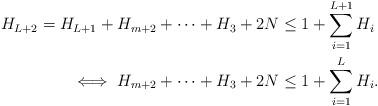
LaTeX: \begin{align*} H_{L+2}=H_{L+1}+H_{m+2}+\dots+H_{3}+2N &\leq 1+\sum_{i=1}^{L+1}H_{i}\\\iff H_{m+2}+\dots+H_{3}+2N &\leq 1+\sum_{i=1}^{L}H_{i}.\end{align*}